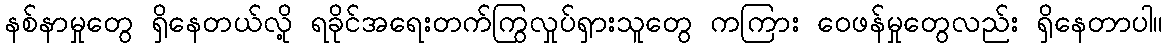
နစ်နာမှုတွေ ရှိနေတယ်လို့ ရခိုင်အရေးတက်ကြွလှုပ်ရှားသူတွေ ကကြား ဝေဖန်မှုတွေလည်း ရှိနေတာပါ။